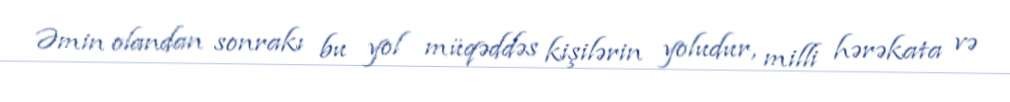
Əmin olandan sonrakı bu yol müqəddəs kişilərin yoludur, milli hərəkata və